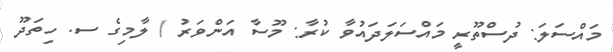
މައްސަލަ: ދުސްތޫރީ މައްސަލަދައުވާ ކުރާ: މޫސާ އަންވަރު / ލާމިގެ ސ. ހިތަދޫ